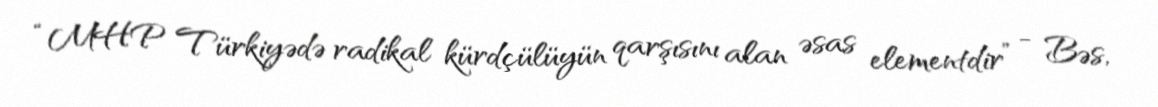
“MHP Türkiyədə radikal kürdçülüyün qarşısını alan əsas elementdir” - Bəs,